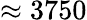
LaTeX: \approx 3750